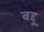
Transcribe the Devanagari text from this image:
बद्दू